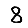
Digit: 8